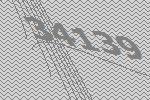
34139